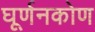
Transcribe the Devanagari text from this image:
घूर्णनकोण